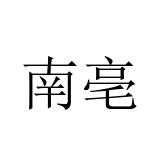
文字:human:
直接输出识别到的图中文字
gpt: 南亳